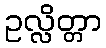
ဥလ္လိတ္တာ